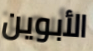
الأبوين